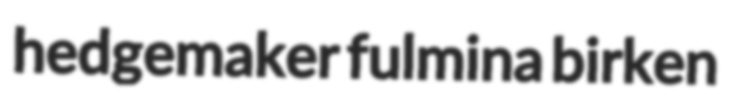
hedgemaker fulmina birken